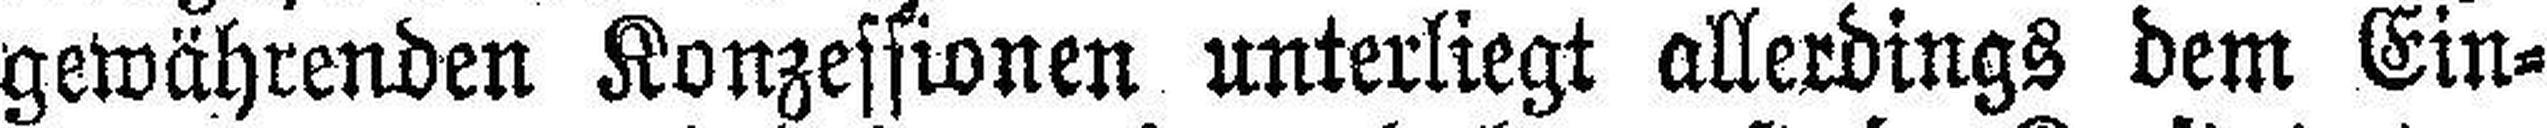
gewährenden Konzessionen unterliegt allerdings dem Ein¬